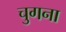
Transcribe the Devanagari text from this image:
चुगना